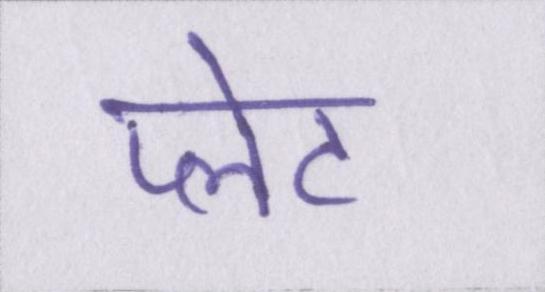
प्लेट